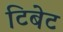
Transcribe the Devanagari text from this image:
टिबेट